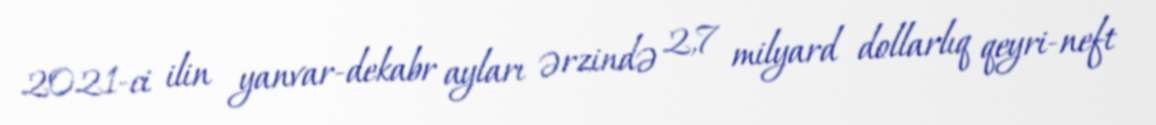
2021-ci ilin yanvar-dekabr ayları ərzində 2,7 milyard dollarlıq qeyri-neft